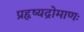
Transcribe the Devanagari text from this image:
प्रहृष्यद्रोमाणः